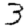
Digit: 3